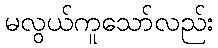
မလွယ်ကူသော်လည်း